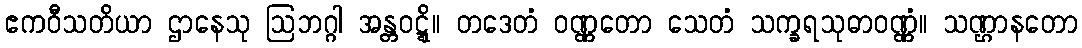
ဧကဝီသတိယာ ဌာနေသု ဩဘဂ္ဂါ အန္တဝဋ္ဋိ။ တဒေတံ ဝဏ္ဏတော သေတံ သက္ခရသုဓာဝဏ္ဏံ။ သဏ္ဌာနတော